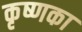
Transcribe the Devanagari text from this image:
कृष्णका